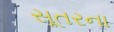
સૂતરના